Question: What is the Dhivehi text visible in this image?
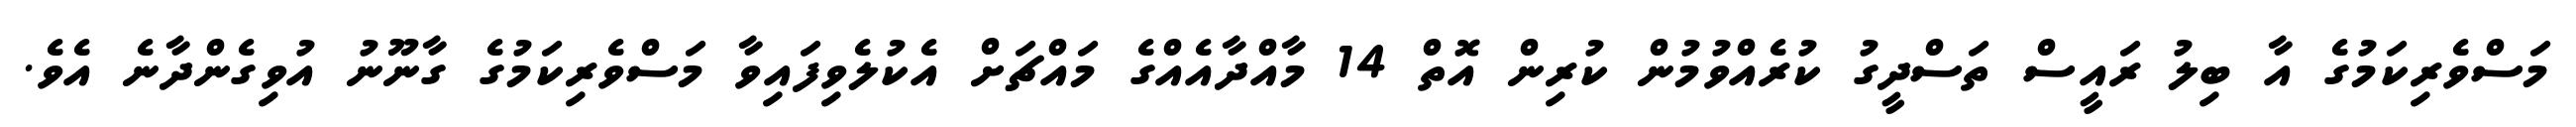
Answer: މަސްވެރިކަމުގެ އާ ބިލު ރައީސް ތަސްދީގު ކުރެއްވުމުން ކުރިން އޮތް 14 މާއްދާއެއްގެ މައްޗަށް އެކުލެވިފައިވާ މަސްވެރިކަމުގެ ގާނޫނު އުވިގެންދާނެ އެވެ.